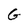
Character: G